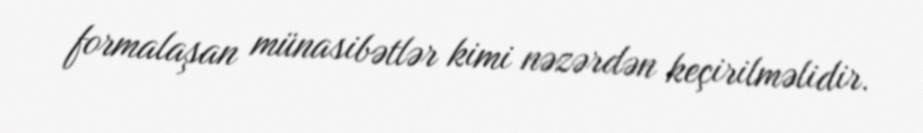
formalaşan münasibətlər kimi nəzərdən keçirilməlidir.